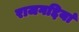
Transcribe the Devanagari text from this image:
राजगद्दियां